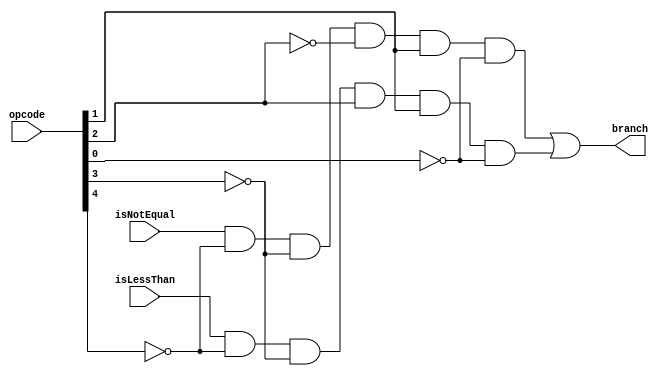
module takeBranch(opcode, isNotEqual, isLessThan, branch);

	/** Asserts branch signal if a branch should be taken, based on if opcode of instruction is branch opcode
	 *	 and if the corresponding branch signal (isLessThan for blt and isNotEqual for bne) from the ALU is asserted
	 */
	 
	 input[4:0] opcode;
	 input isNotEqual, isLessThan;
	 output branch;
	 
	 wire[4:0] notOpcode;
	 wire bne, blt;
	 
	 genvar i;
	 generate
		for (i = 0; i < 5; i = i + 1) begin: invert
			not nopcode(notOpcode[i], opcode[i]);
		end
	 endgenerate
	 
	 and branchNE(bne, isNotEqual, notOpcode[4], notOpcode[3], notOpcode[2], opcode[1], notOpcode[0]);
	 and branchLT(blt, isLessThan, notOpcode[4], notOpcode[3], opcode[2], opcode[1], notOpcode[0]);
	 
	 or branchTaken(branch, bne, blt);

endmodule